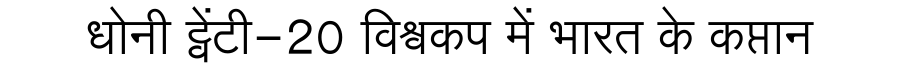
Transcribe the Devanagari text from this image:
धोनी ट्वेंटी-20 विश्वकप में भारत के कप्तान